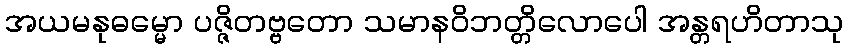
အယမနုဓမ္မော ပဇ္ဇိတဗ္ဗတော သမာနဝိဘတ္တိလောပေါ အန္တရဟိတာသု